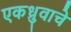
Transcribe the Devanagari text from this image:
एकध्रुवाचे